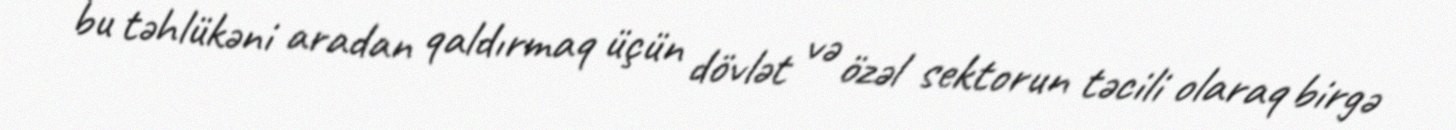
bu təhlükəni aradan qaldırmaq üçün dövlət və özəl sektorun təcili olaraq birgə